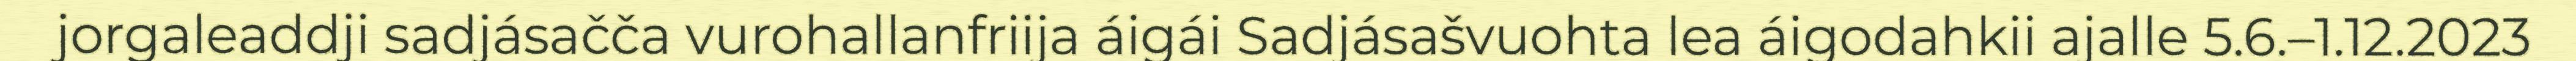
jorgaleaddji sadjásačča vurohallanfriija áigái Sadjásašvuohta lea áigodahkii ajalle 5.6.–1.12.2023